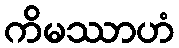
ကိမဿာဟံ